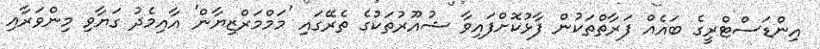
އިންޑަސްޓްރީގެ ބައެއް ފަރާތްތަކުން ފާޅުކޮށްފައިވާ ޝުއޫރުތަކުގެ ތެރޭގައި 'މަމްމަރްޒިޔާން' އާއިމެދު ގަޔާވި މިންވަރާއި